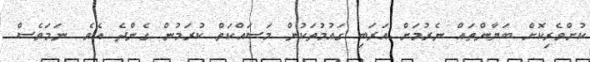
ކުށްވެރިކޮށް ބަޔާންތައް ނެރުމަށް އަރަބި ގައުމުތަކުން މަސައްކަތް ކުރަމުން ގެންދެ އެވެ. ނަމަވެސް